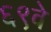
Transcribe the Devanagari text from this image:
६९वे